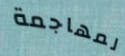
لمهاجمة